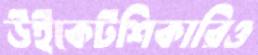
উইকেটশিকারিও